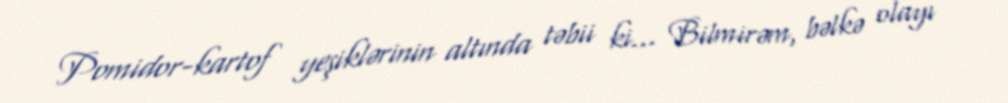
Pomidor-kartof yeşiklərinin altında təbii ki... Bilmirəm, bəlkə olayı